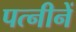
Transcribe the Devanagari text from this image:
पत्नीनें